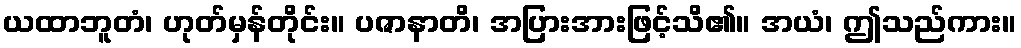
ယထာဘူတံ၊ ဟုတ်မှန်တိုင်း။ ပဇာနာတိ၊ အပြားအားဖြင့်သိ၏။ အယံ၊ ဤသည်ကား။